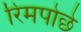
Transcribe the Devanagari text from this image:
रिमपोछे